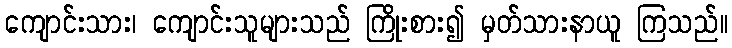
ကျောင်းသား၊ ကျောင်းသူများသည် ကြိုးစား၍ မှတ်သားနာယူ ကြသည်။